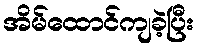
အိမ်ထောင်ကျခဲ့ပြီး